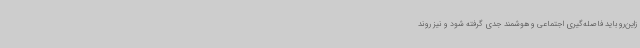
زاین‌رو باید فاصله‌گیری اجتماعی و هوشمند جدی گرفته شود و نیز روند